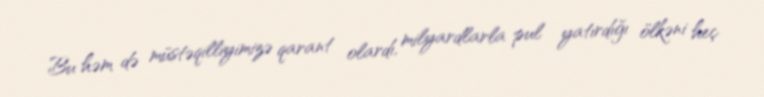
Bu həm də müstəqilliyimizə qarant olardı, milyardlarla pul yatırdığı ölkəni heç